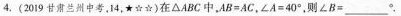
4. (2019 甘肃兰州中考，14，)在△ABC中，$$A B =A C$$，$$∠ A = 4 0 °$$，则 $$∠ B =$$ ___ °.